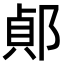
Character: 𨜓